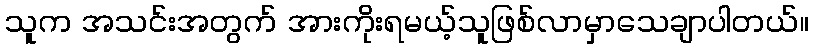
သူက အသင်းအတွက် အားကိုးရမယ့်သူဖြစ်လာမှာသေချာပါတယ်။